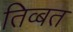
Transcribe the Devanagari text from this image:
तिव्बत